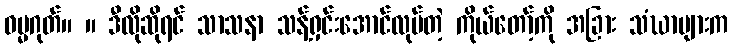
ဓမ္မဂုတ်။ ။ ဒီလိုဆိုရင် သာသနာ သန့်ရှင်းအောင်လုပ်တဲ့ ကိုယ်တော့်ကို အခြား သံဃာများက